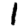
Digit: 1